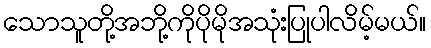
သောသူတို့အဘို့ကိုပိုမိုအသုံးပြုပါလိမ့်မယ်။